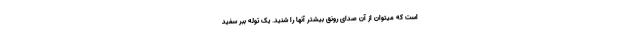
است که میتوان از آن صدای رونق بیشتر آنها را شنید. یک توله ببر سفید